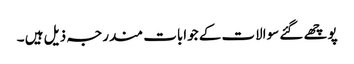
پوچھے گئے سوالات کے جوابات مندرجہ ذیل ہیں ۔